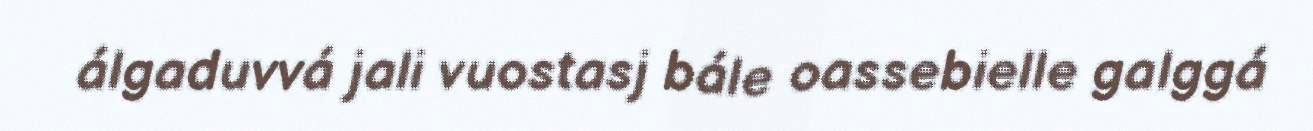
álgaduvvá jali vuostasj bále oassebielle galggá